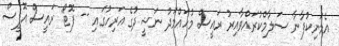
އެމަނިކުފާނާ ސަލާމްކުރައްވާއިރު ރައީސް މުހައްމަދު ނަޝީދުގެ އަރިހުގައި -- ފޮޓޯ: ރައީސް އޮފީސް